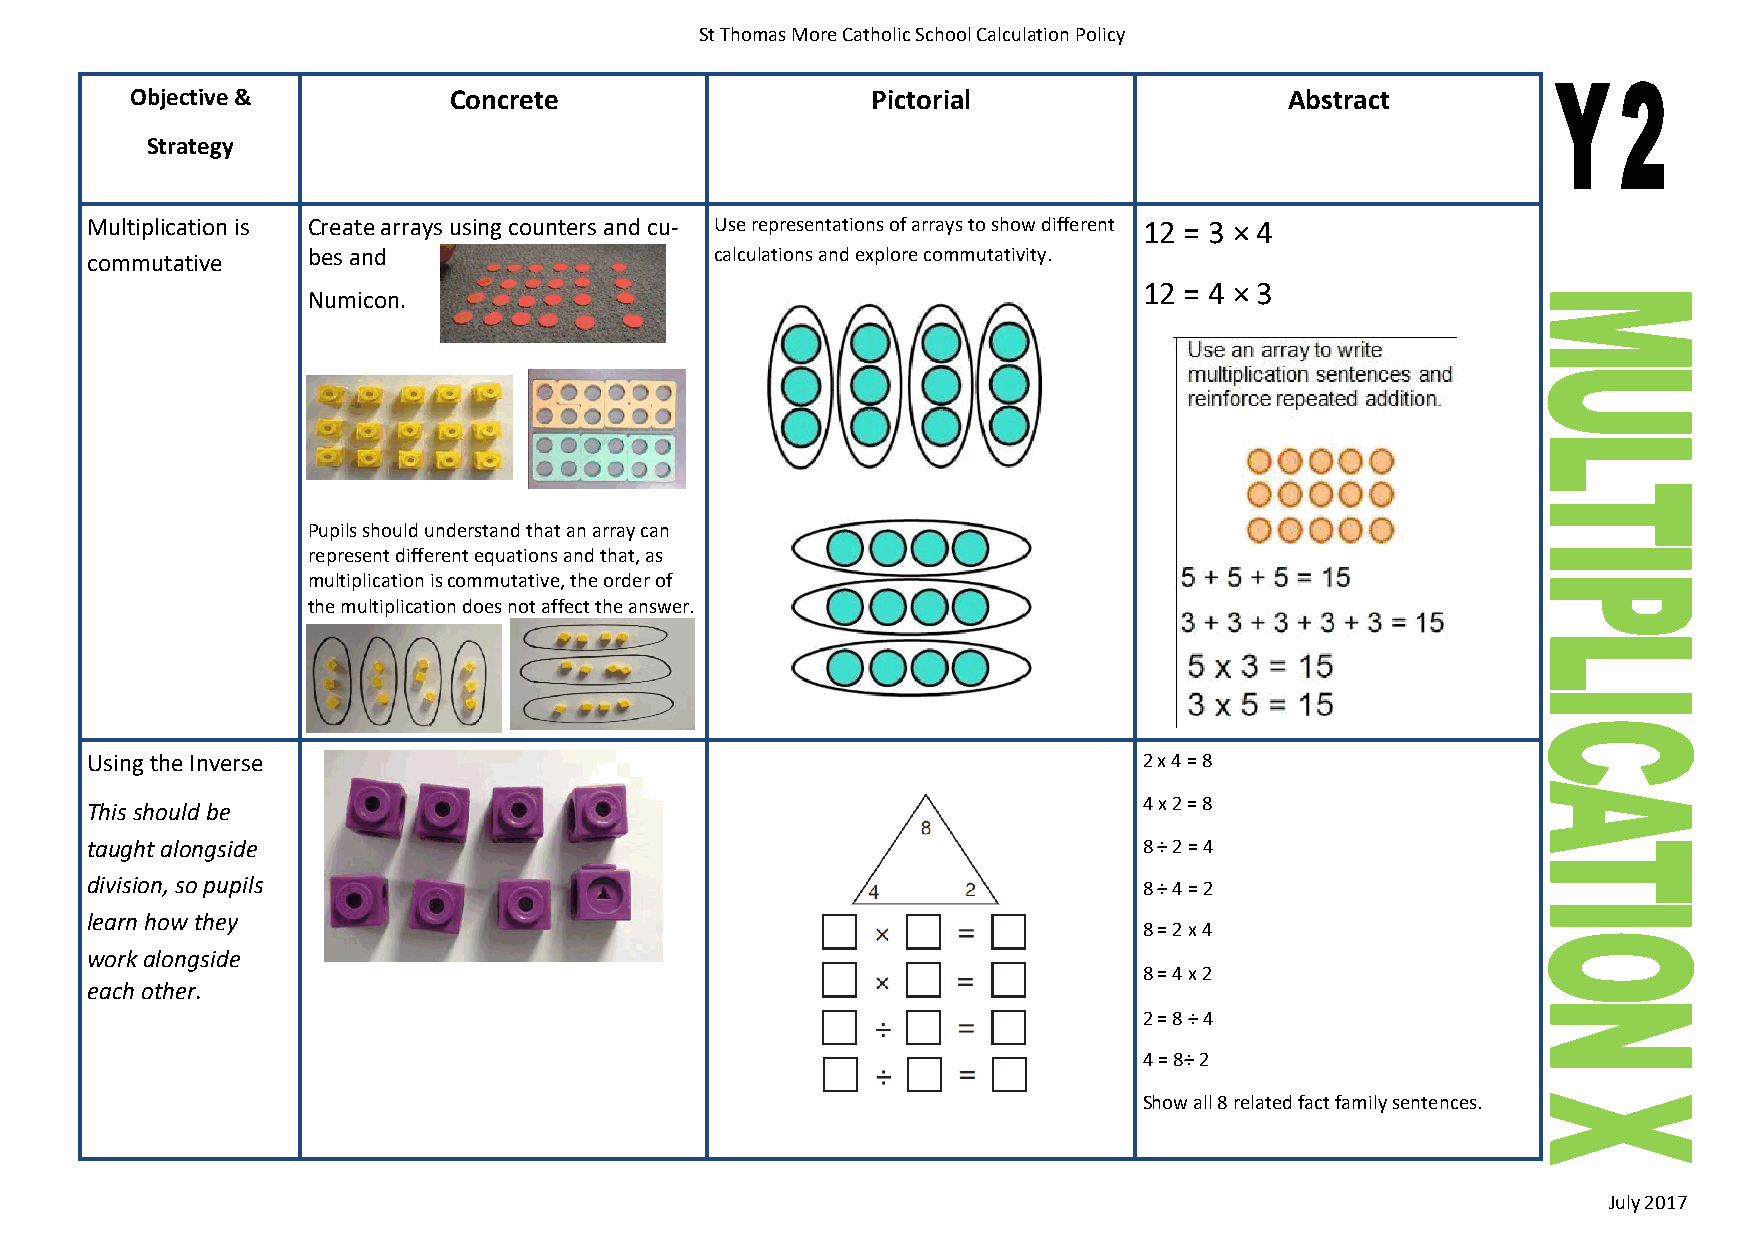
St Thomas More Catholic School Calculation Policy
 Objective &          Concrete                    Pictorial                  Abstract
 Strategy
 Multiplication is Create arrays using counters and cu- Use representations of arrays to show different 12 = 3 × 4
 commutative   bes and                    calculations and explore commutativity.
 12 = 4 × 3
 Numicon.
 Pupils should understand that an array can
 represent different equations and that, as
 multiplication is commutative, the order of
 the multiplication does not affect the answer.
 Using the Inverse                                                     2 x 4 = 8
 4 x 2 = 8
 This should be
 taught alongside                                                      8 ÷ 2 = 4
 division, so pupils                                                   8 ÷ 4 = 2
 learn how they
 8 = 2 x 4
 work alongside
 8 = 4 x 2
 each other.
 2 = 8 ÷ 4
 4 = 8÷ 2
 Show all 8 related fact family sentences.
 July 2017